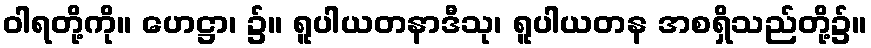
ဝါရတို့ကို။ ဟေဋ္ဌာ၊ ၌။ ရူပါယတနာဒီသု၊ ရူပါယတန အစရှိသည်တို့၌။